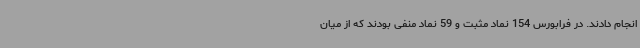
انجام دادند. در فرابورس 154 نماد مثبت و 59 نماد منفی بودند که از میان